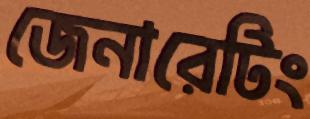
জেনারেটিং